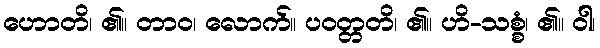
ဟောတိ၊ ၏။ တာဝ၊ လောက်။ ပဝတ္တတိ၊ ၏။ ဟိ-သစ္စံ၊ ၏။ ဝါ၊